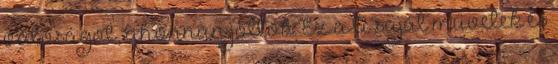
valóságot, ahonnan jöttök. Ez a ti saját művetek és